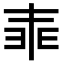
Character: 𠁰